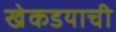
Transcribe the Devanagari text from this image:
खेकडयाची